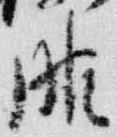
服